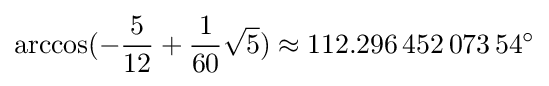
\arccos(-{\frac {5}{12}}+{\frac {1}{60}}{\sqrt {5}})\approx 112.296\,452\,073\,54^{\circ }